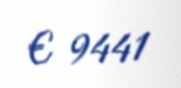
€ 9441